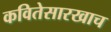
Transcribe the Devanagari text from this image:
कवितेसारखाच